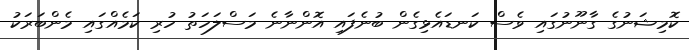
ކޮމިޝަނުގެ ގާނޫނުގައި ވެސް ކަނޑައެޅިގެން ބުނެފައި އޮންނާނެ މަސްލަހަތު ހުރި ކަމެއްގައި މެންބަރަކު